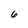
Character: 6